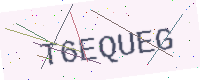
Text: T6EQUEG